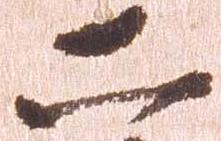
二